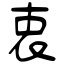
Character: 衷